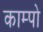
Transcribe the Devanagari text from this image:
काम्पो